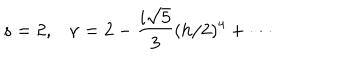
LaTeX: s = 2 , \nu = 2 - \frac { i \sqrt { 5 } } { 3 } ( h / 2 ) ^ { 4 } + \cdot \cdot \cdot